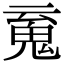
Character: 䰟